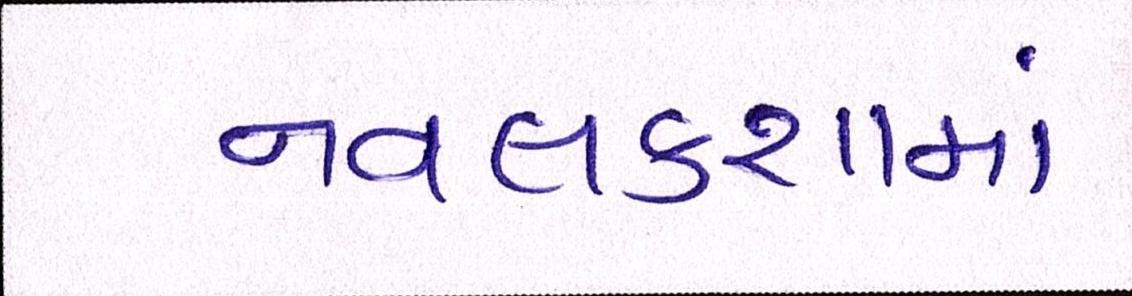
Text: નવલકથામાં